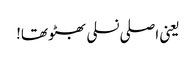
یعنی اصلی نسلی بھٹو تھا!